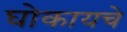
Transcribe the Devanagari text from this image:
घोकायचे